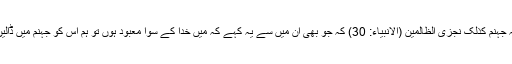
فرمایا کہ وَمَنْ یَّقُلْ مِنْہُمْ اِنِّیْٓ اِلٰہٌ مِّنْ دُوْنِہٖ فَذٰلِکَ نَجْزِیْہِ جَہَنَّمَ کَذٰلِکَ نَجْزِیْ الظَّالِمِیْنَ (الانبیاء: 30) کہ جو بھی ان میں سے یہ کہے کہ مَیں خدا کے سوا معبود ہوں تو ہم اس کو جہنم میں ڈالیں گے اور ظالموں کو اسی طرح بدلہ دیا کرتے ہیں۔